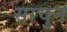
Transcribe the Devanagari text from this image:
साचुन